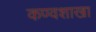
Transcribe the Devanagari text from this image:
कण्वशाखा